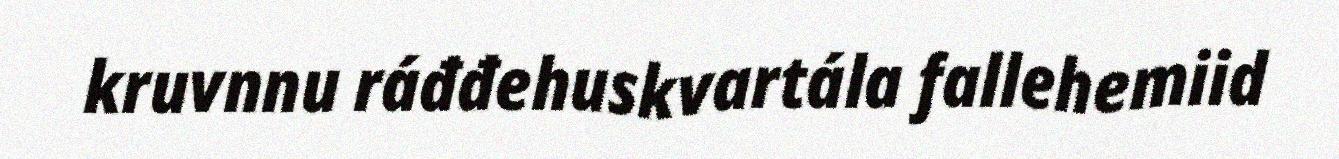
kruvnnu ráđđehuskvartála fallehemiid